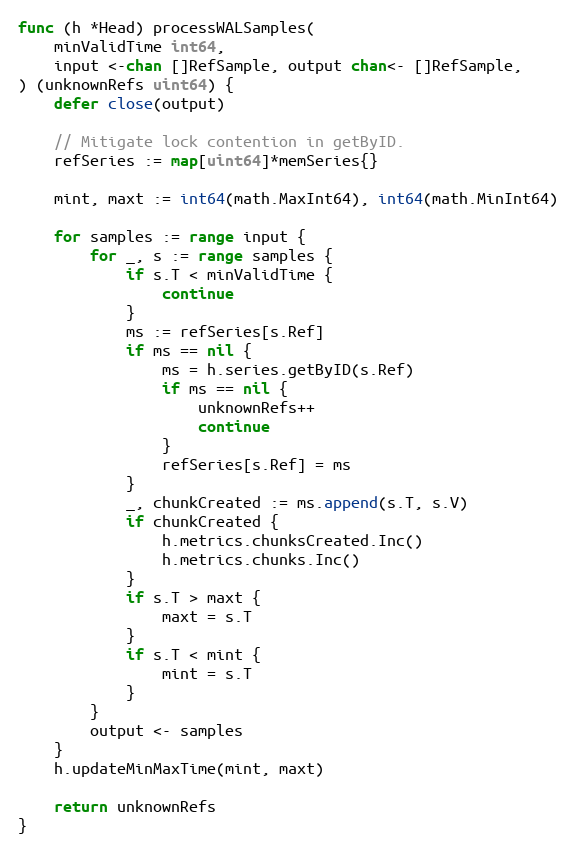
Language: Go
func (h *Head) processWALSamples(
	minValidTime int64,
	input <-chan []RefSample, output chan<- []RefSample,
) (unknownRefs uint64) {
	defer close(output)

	// Mitigate lock contention in getByID.
	refSeries := map[uint64]*memSeries{}

	mint, maxt := int64(math.MaxInt64), int64(math.MinInt64)

	for samples := range input {
		for _, s := range samples {
			if s.T < minValidTime {
				continue
			}
			ms := refSeries[s.Ref]
			if ms == nil {
				ms = h.series.getByID(s.Ref)
				if ms == nil {
					unknownRefs++
					continue
				}
				refSeries[s.Ref] = ms
			}
			_, chunkCreated := ms.append(s.T, s.V)
			if chunkCreated {
				h.metrics.chunksCreated.Inc()
				h.metrics.chunks.Inc()
			}
			if s.T > maxt {
				maxt = s.T
			}
			if s.T < mint {
				mint = s.T
			}
		}
		output <- samples
	}
	h.updateMinMaxTime(mint, maxt)

	return unknownRefs
}